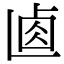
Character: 𠧴